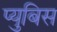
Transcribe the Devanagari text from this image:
प्युबिस